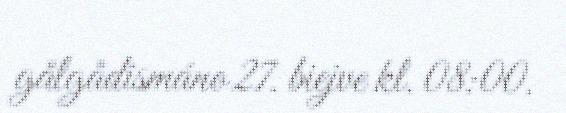
gålgådismáno 27. biejve kl. 08:00.